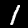
Digit: 1